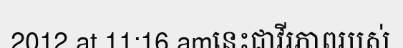
2012 at 11:16 amនេះជាវីរភាពរបស់